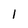
Character: 1